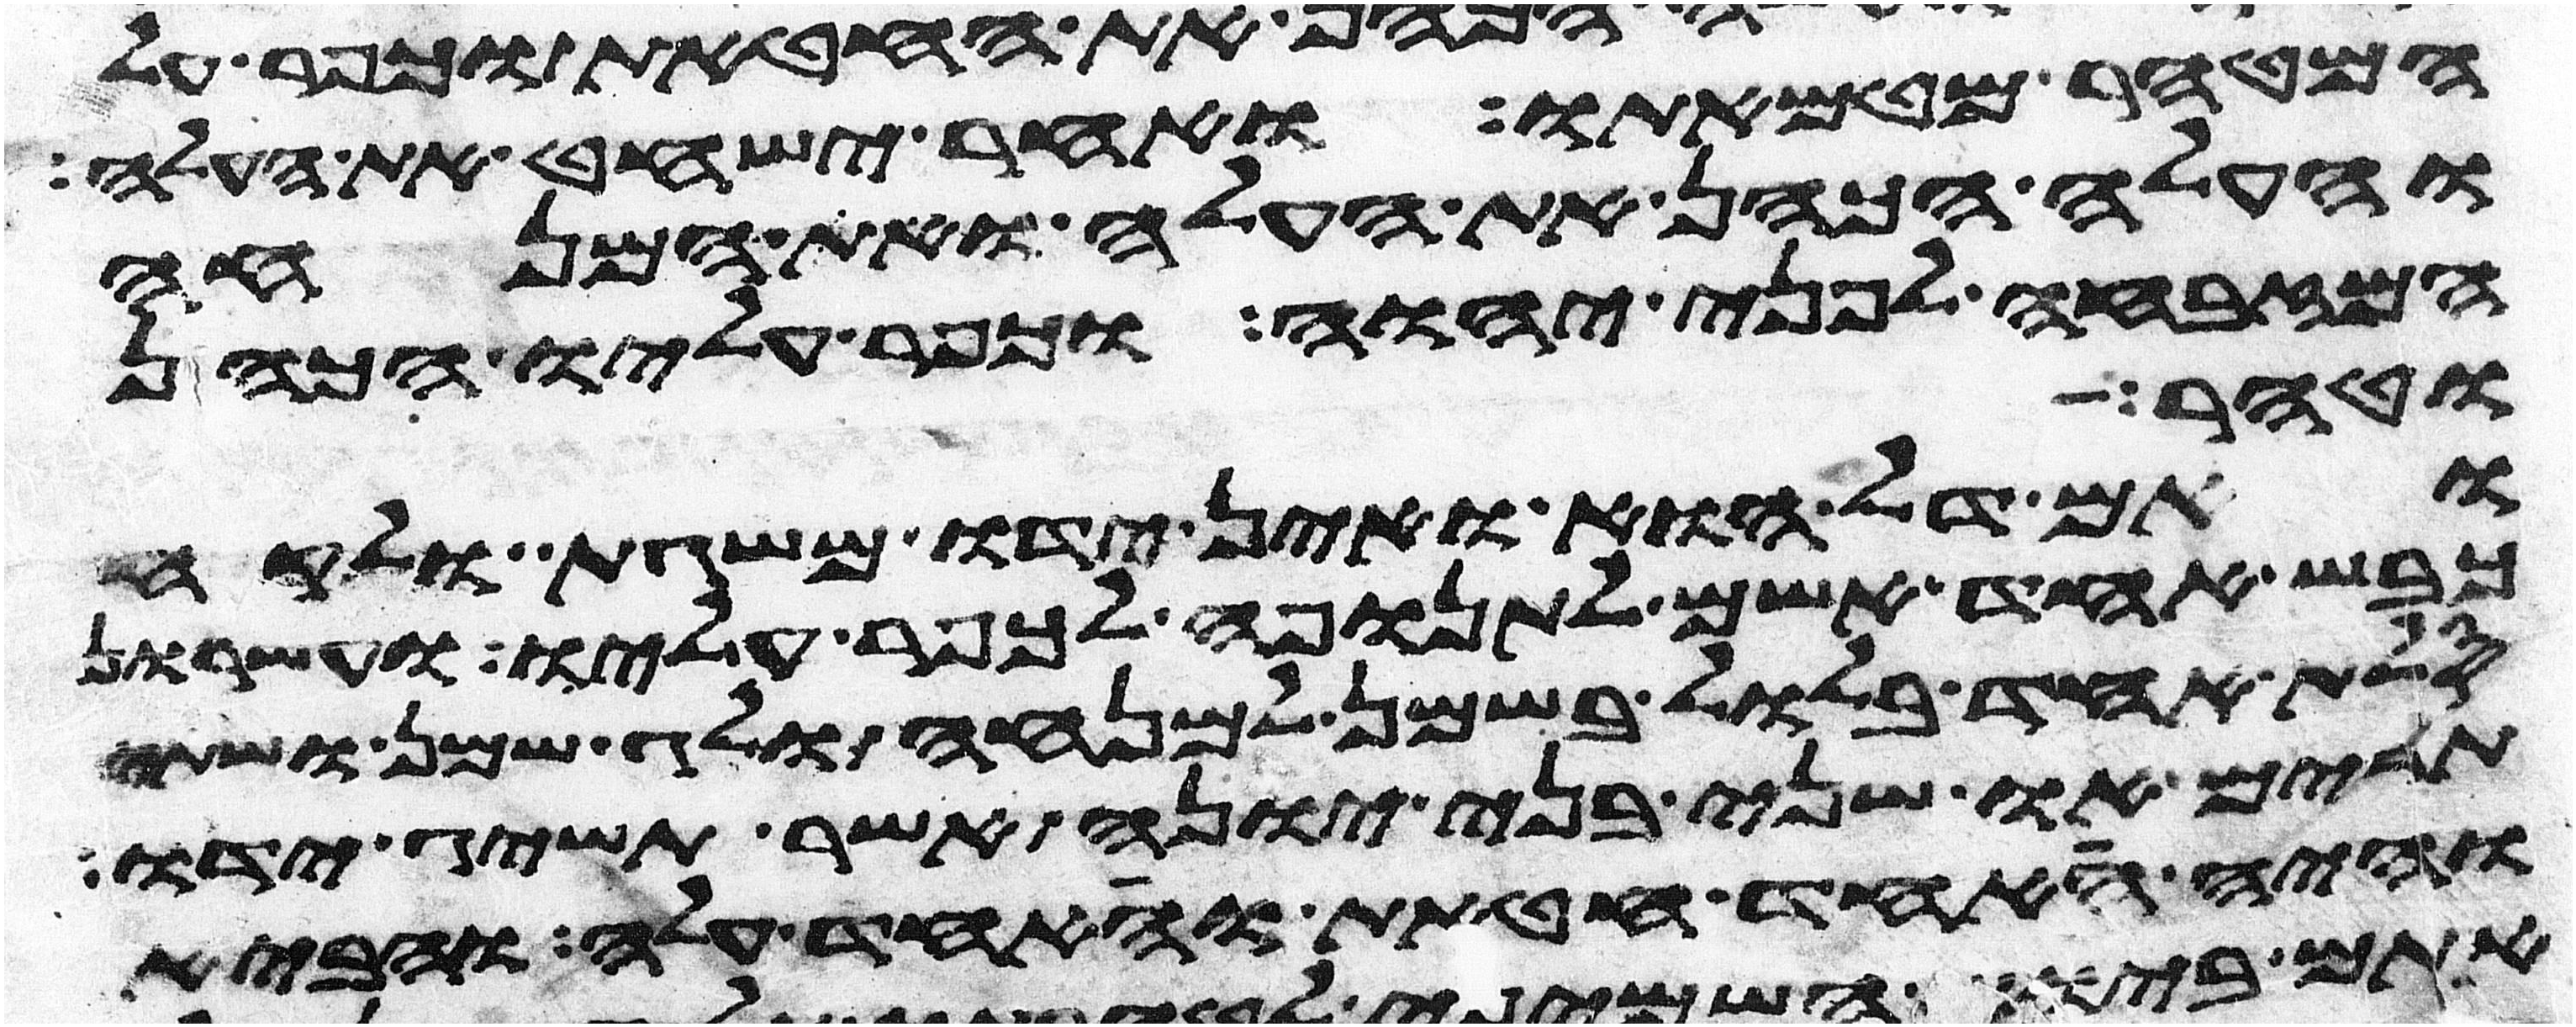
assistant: המטהר מטמאתו ואחר ישחט את העלה
והעלה הכהן את העלה ואת המנחה
המזבחה לפני יהוה וכפר עליו הכהן
וטהר
ואם דל הוא ואין ידו משגת ולקח
כבש אחד אשם לתנופה לכפר עליו ועשרון
סלת אחד בלול בשמן למנחה ולג שמן ושתי
תרים או שני בני יונה אשר תשיג ידו
והיה אחד חטאת ואחד עלה והביא